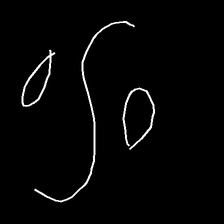
Glyph: water